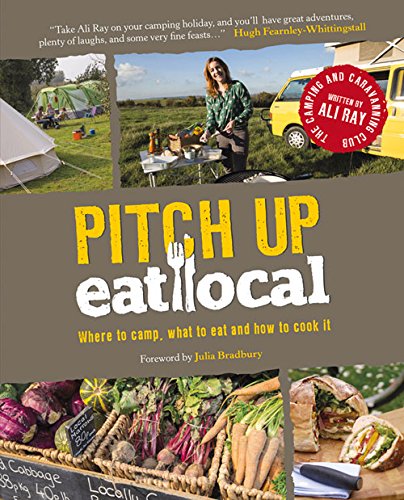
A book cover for Pitch Up, Eat Local: Where to Camp, What to Eat and How to Cook It; Cookbooks, Food & Wine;